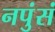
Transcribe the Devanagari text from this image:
नपुंसं